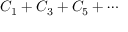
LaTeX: C _ { 1 } + C _ { 3 } + C _ { 5 } + \cdots